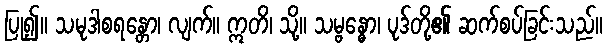
ပြု၍။ သမုဒါစရန္တော၊ လျက်။ ဣတိ၊ သို့။ သမ္ဗန္ဓော၊ ပုဒ်တို့၏ ဆက်စပ်ခြင်းသည်။